Account of plague administration in the Bombay Presidency from September 1896 till May 1897
Year: 1896
Disease focus: Plague
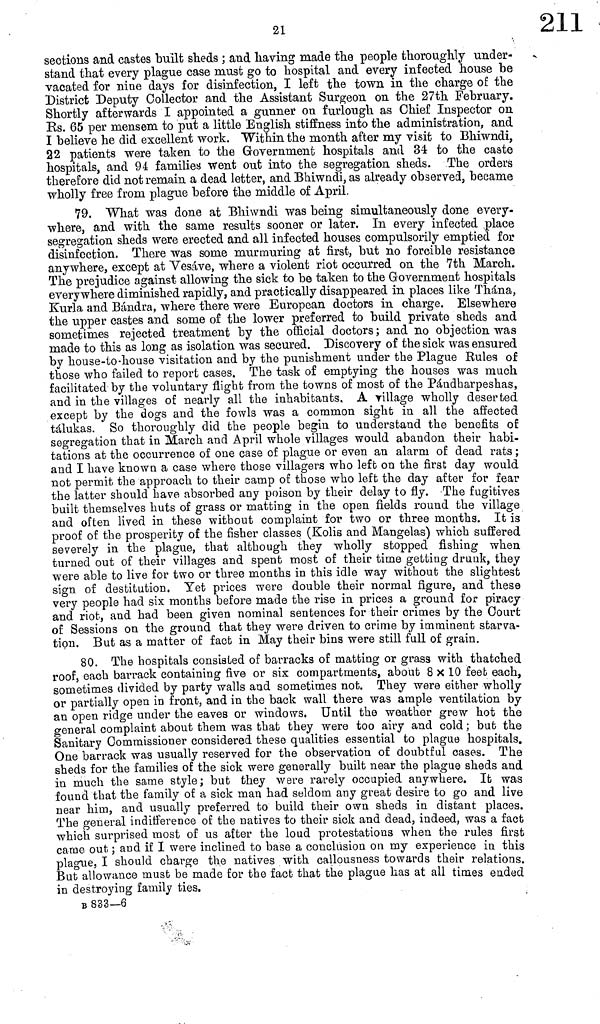
21
sections and castes built sheds ; and having made the people thoroughly under-
stand that every plague case must go to hospital and every infected house be
vacated for nine days for disinfection, I left the town in the charge of the
District Deputy Collector and the Assistant Surgeon on the 27th February.
Shortly afterwards I appointed a gunner on furlough as Chief Inspector on
Rs. 65 per mensem to put a little English stiffness into the administration, and
I believe he did excellent work. Within the month after my visit to Bhiwndi,
22 patients were taken to the Government hospitals and 34 to the caste
hospitals, and 94 families went out into the segregation sheds. The orders
therefore did not remain a dead letter, and Bhiwndi, as already observed, became
wholly free from plague before the middle of April.
79. What was done at Bhiwndi was being simultaneously done every-
where, and with the same results sooner or later. In every infected place
segregation sheds were erected and all infected houses compulsorily emptied for
disinfection. There was some murmuring at first, but no forcible resistance
anywhere, except at Vesáve, where a violent riot occurred on the 7th March.
The prejudice against allowing the sick to be taken to the Government hospitals
everywhere diminished rapidly, and practically disappeared in places like Thána,
Kurla and Bándra, where there were European doctors in charge. Elsewhere
the upper castes and some of the lower preferred to build private sheds and
sometimes rejected treatment by the official doctors; and no objection was
made to this as long as isolation was secured. Discovery of the sick was ensured
by house-to-house visitation and by the punishment under the Plague Rules of
those who failed to report cases. The task of emptying the houses was much
facilitated by the voluntary flight from the towns of most of the Páudharpeshas,
and in the villages of nearly all the inhabitants, A village wholly deserted
except by the dogs and the fowls was a common sight in all the affected
tálukas. So thoroughly did the people begin to understand the benefits of
segregation that in March and April whole villages would abandon their habi-
tations at the occurrence of one case of plague or even an alarm of dead rats ;
and I have known a case where those villagers who left on the first day would
not permit the approach to their camp of those who left the day after for fear
the latter should have absorbed any poison by their delay to fly. The fugitives
built themselves huts of grass or matting in the open fields round the village
and often lived in these without complaint for two or three months. It is
proof of the prosperity of the fisher classes (Kolis and Mangelas) which suffered
severely in the plague, that although they wholly stopped fishing when
turned out of their villages and spent most of their time getting drunk, they
were able to live for two or three months in this idle way without the slightest
sign of destitution. Yet prices were double their normal figure, and these
very people had six months before made the rise in prices a ground for piracy
and riot, and had been given nominal sentences for their crimes by the Court
of Sessions on the ground that they were driven to crime by imminent starva-
tion. But as a matter of fact in May their bins were still full of grain.
80. The hospitals consisted of barracks of matting or grass with thatched
roof, each barrack containing five or six compartments, about 8 x10 feet each,
sometimes divided by party walls and sometimes not. They were either wholly
or partially open in front, and in the back wall there was ample ventilation by
an open ridge under the eaves or windows. Until the weather grew hot the
general complaint about them was that they were too airy and cold ; but the
anitary Commissioner considered these qualities essential to plague hospitals.
One barrack was usually reserved for the observation of doubtful cases. The
sheds for the families of the sick were generally built near the plague sheds and
in much the same style; but they were rarely occupied anywhere. It was
found that the family of a sick man had seldom any great desire to go and live
near him, and usually preferred to build their own sheds in distant places.
The general indifference of the natives to their sick and dead, indeed, was a fact
which surprised most of us after the loud protestations when the rules first
came out, ; and if I were inclined to base a conclusion on my experience in this
plague, I should charge the natives with callousness towards their relations.
But allowance must be made for the fact that the plague has at all times ended
in destroying family ties.
Β 833—6